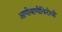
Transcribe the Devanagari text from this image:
आणीबाणीविरोधी